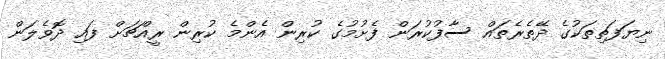
ނިޔަފަތިތަކުގެ ދޭތެރެތައް ސާފުކުރަން ފެށުމުގެ ކުރިން އެންމެ ކުރިން ރީއްޗަށް ފައި ދޮވެލަން